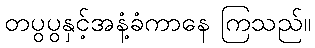
တပွပွနှင့်အနံ့ခံကာနေ ကြသည်။